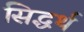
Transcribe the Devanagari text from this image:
सिद्धर्थ